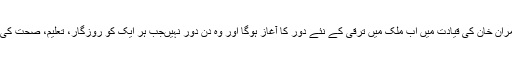
انہوں نے کہاکہ عمران خان کی قیادت میں اب ملک میں ترقی کے نئے دور کا آغاز ہوگا اور وہ دن دور نہیںجب ہر ایک کو روزگار، تعلیم، صحت کی سہولیات ملے گی۔